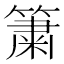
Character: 簘